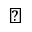
\diagdown